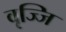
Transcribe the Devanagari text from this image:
वृज्जि